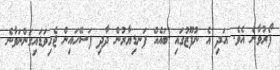
ފޯރުވާނެ އެވެ. އަދި އެ ނުފޫޒުގައި ބައެއް ފަނޑިޔާރުން ދާދި ފަސޭހައިން ޖެހިވަޑަައިގަންނަވާނެ